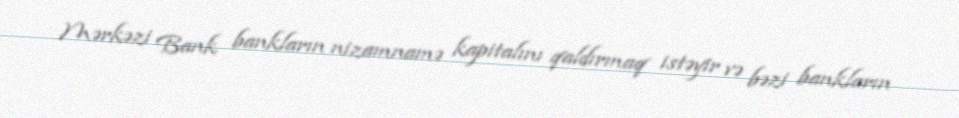
Mərkəzi Bank bankların nizamnamə kapitalını qaldırmaq istəyir və bəzi bankların